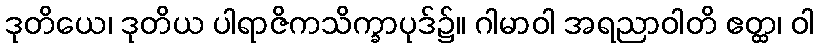
ဒုတိယေ၊ ဒုတိယ ပါရာဇိကသိက္ခာပုဒ်၌။ ဂါမာဝါ အရညာဝါတိ ဧတ္ထ၊ ဝါ